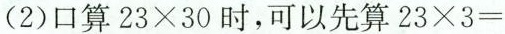
(2) 口算$$2 3 \times 3 0时$$，可以先算$$2 3 \times 3 =$$